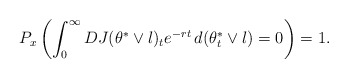
\begin{align*}P_x\left(\int_0^{\infty}DJ(\theta^*\vee l)_t e^{-rt}\,d(\theta_t^*\vee l) =0\right)=1. \end{align*}